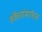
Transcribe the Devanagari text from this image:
संकेतांमार्फत